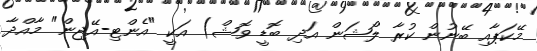
މޭކަޕާއި ބޭނުން ކުރާ ލޯޝަން އަދި ބޮޑީ ވޮޝް) އަކީ "އެންޓި-އޭޖިން" މާއްދާ